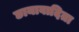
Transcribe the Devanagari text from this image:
छायावादिता